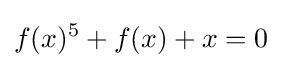
f(x)^{5}+f(x)+x=0